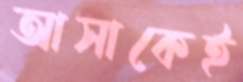
আসাকেই